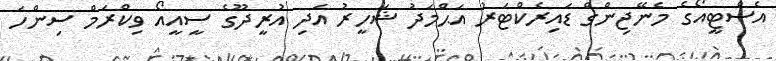
އެސްޓީއޯގެ މެނޭޖިންގް ޑައިރެކްޓަރު އަޙްމަދު ޝަހީރު އަދި އުރީދޫގެ ސީއީއޯ ވިކްރަމް ސިންހަ